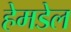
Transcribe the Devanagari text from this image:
हेमडेल